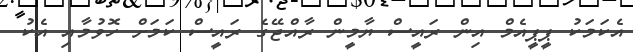
އެކަމަކު ޕީޕީއެމް އިން ރައީސް ޔާމީން ރާއްޖޭގެ ރައީސް ކަމަށް ހޮވުމާއި އެކު